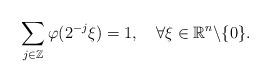
LaTeX: \begin{align*} \sum_{j\in\mathbb{Z}}\varphi(2^{-j}\xi)=1, \ \ \ \forall\xi\in\mathbb{R}^{n}\backslash\{0\}.\end{align*}